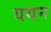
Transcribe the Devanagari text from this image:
ययन